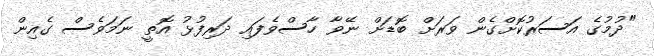
"ދުމުގެ އަސަރުކޮށްގެން ވަރަށް ބޮޑަށް ނޭވާ ހާސްވެފައި ދަރިފުޅު އޮތީ ނަމަވެސް ގެއިން